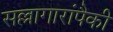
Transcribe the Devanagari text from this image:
सल्लागारांपैकी